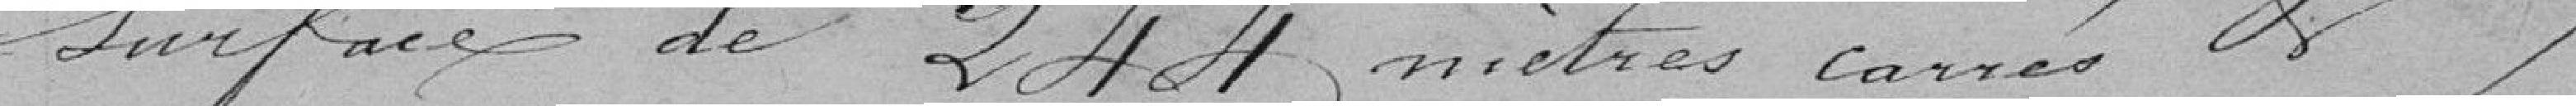
surface de 244 mètres carrés et